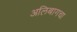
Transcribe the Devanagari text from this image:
अलिबागचा